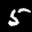
Label: 5